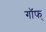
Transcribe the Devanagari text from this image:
गॉफ्